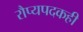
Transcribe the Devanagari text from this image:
रौप्यपदकही